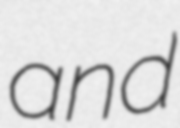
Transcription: and